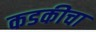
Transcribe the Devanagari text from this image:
कडकीचा